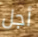
أجل